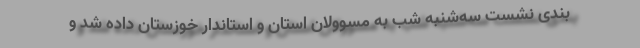
بندی نشست سه‌شنبه شب به مسوولان استان و استاندار خوزستان داده شد و